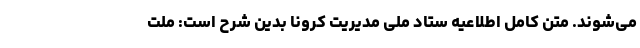
می‌شوند. متن کامل اطلاعیه ستاد ملی مدیریت کرونا بدین شرح است: ملت